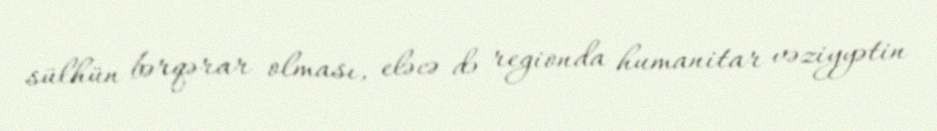
sülhün bərqərar olması, eləcə də regionda humanitar vəziyyətin